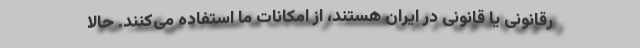
رقانونی یا قانونی در ایران هستند، از امکانات ما استفاده می‌کنند. حالا